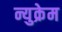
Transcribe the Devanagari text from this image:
न्युक्रेम